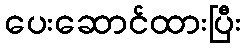
ပေးဆောင်ထားပြီး